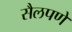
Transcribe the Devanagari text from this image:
सैलपणे